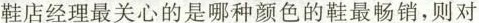
鞋店经理最关心的是哪种颜色的鞋最畅销，则对